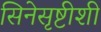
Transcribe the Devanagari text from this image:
सिनेसृष्टीशी